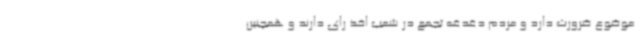
موضوع ضرورت دارد و مردم دغدغه تجمع در شعب اخذ رای دارند و همچنین